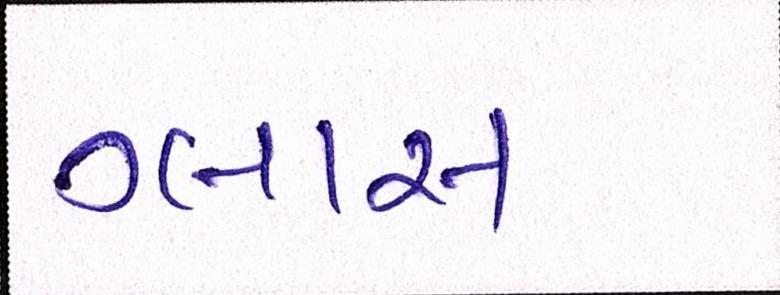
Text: ગ્લાસ